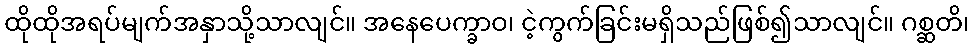
ထိုထိုအရပ်မျက်အနှာသို့သာလျင်။ အနေပေက္ခာဝ၊ ငဲ့ကွက်ခြင်းမရှိသည်ဖြစ်၍သာလျင်။ ဂစ္ဆတိ၊